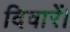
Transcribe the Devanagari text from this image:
दिवारें।